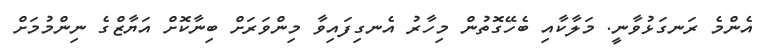
އެންމެ ރަނގަޅުވާނީ. މަލާކާއި ބެހޭގޮތުން މިހާރު އެނގިފައިވާ މިންވަރަށް ބިނާކޮށް އަޔާޒްގެ ނިންމުމަށް